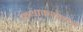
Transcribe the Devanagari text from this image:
कथाकथनांचे